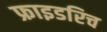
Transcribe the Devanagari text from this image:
फ्राइडरिच